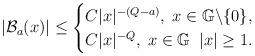
LaTeX: \begin{align*}|\mathcal{B}_{a}(x)|\leq\begin{cases} C|x|^{-(Q-a)}, \;x\in\mathbb{G}\backslash\{0\},\\C|x|^{-Q}, \;x\in\mathbb{G}\; \;|x|\geq1.\end{cases}\end{align*}